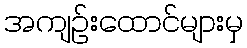
အကျဉ်းထောင်များမှ